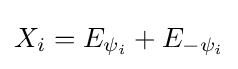
\displaystyle {X_{i}=E_{\psi _{i}}+E_{-\psi _{i}}}